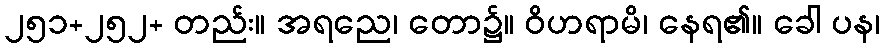
၂၅၁+၂၅၂+ တည်း။ အရညေ၊ တော၌။ ဝိဟရာမိ၊ နေရ၏။ ခေါ ပန၊